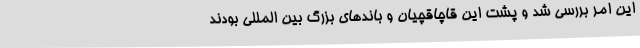
این امر بررسی شد و پشت این قاچاقچیان و باندهای بزرگ بین المللی بودند